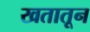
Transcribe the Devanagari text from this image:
खतातून